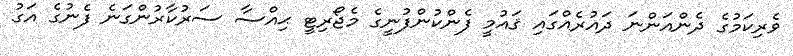
ވެރިކަމުގެ ދެންއަންނަ ދައުރެއްގައި ޤައުމީ ފެންކުންފުނީގެ މެޖޯރިޓީ ޙިއްސާ ސަރުކާރުންގަނެ ފެނުގެ އަގު